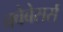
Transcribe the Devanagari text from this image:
क्वेबेसर्स